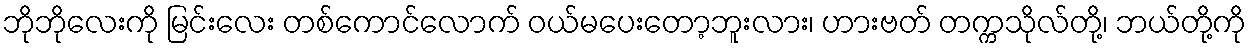
ဘိုဘိုလေးကို မြင်းလေး တစ်ကောင်လောက် ဝယ်မပေးတော့ဘူးလား၊ ဟားဗတ် တက္ကသိုလ်တို့၊ ဘယ်တို့ကို